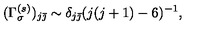
( \Gamma _ { \sigma } ^ { ( s ) } ) _ { j \bar { \jmath } } \sim \delta _ { j \bar { \jmath } } ( j ( j + 1 ) - 6 ) ^ { - 1 } ,